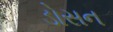
ડોસન